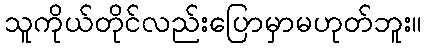
သူကိုယ်တိုင်လည်းပြောမှာမဟုတ်ဘူး။